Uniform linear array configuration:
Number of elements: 16
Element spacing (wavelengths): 0.5
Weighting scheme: kaiser
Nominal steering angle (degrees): -60
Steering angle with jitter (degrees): -61.569
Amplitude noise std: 0.05
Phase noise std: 0.05

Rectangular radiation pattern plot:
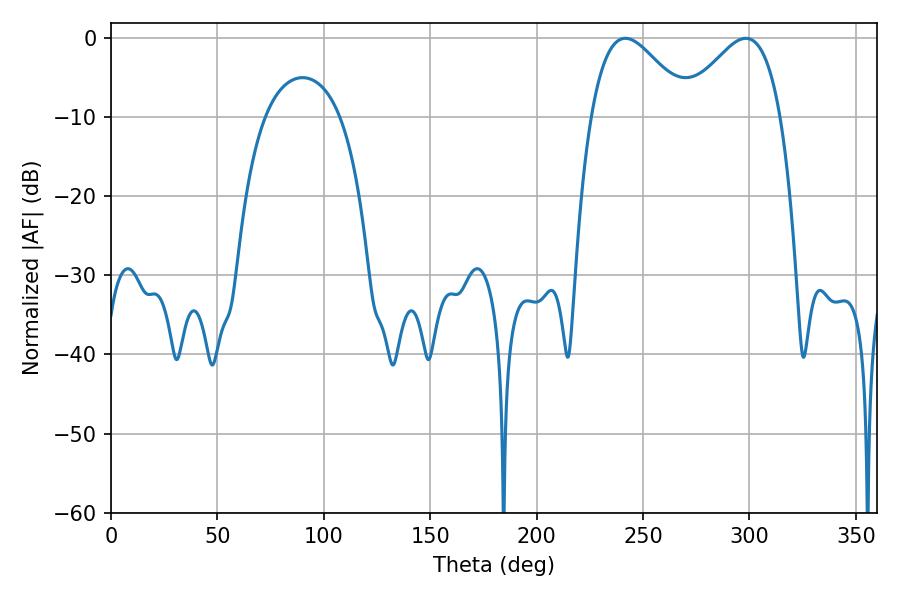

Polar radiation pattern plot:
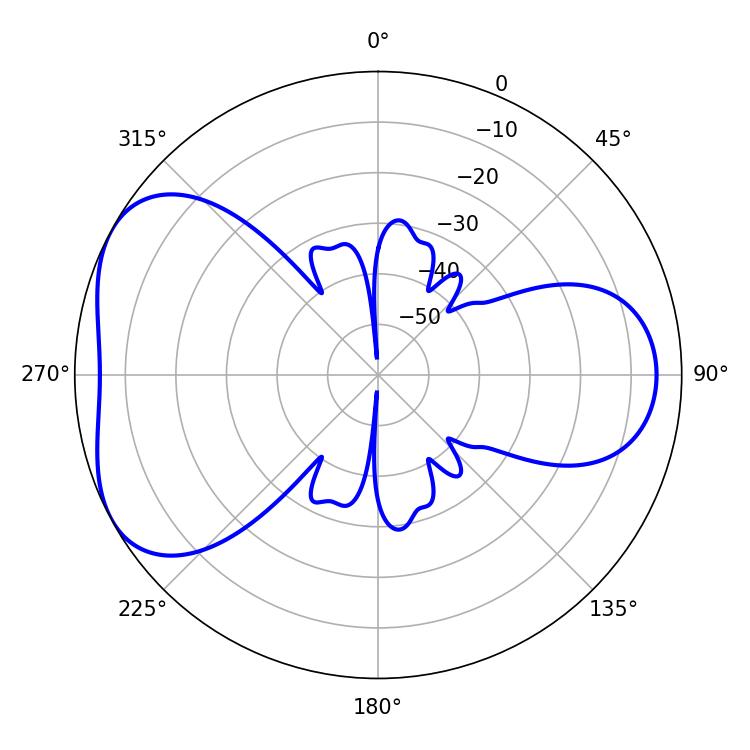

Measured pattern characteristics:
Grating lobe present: FALSE
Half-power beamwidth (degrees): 24.84
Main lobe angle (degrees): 298.26